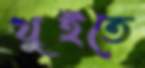
থুইতে